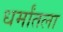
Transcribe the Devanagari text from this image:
धर्मांतला